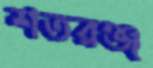
শতরঞ্জ